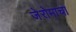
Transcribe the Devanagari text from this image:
जेरोमाचा